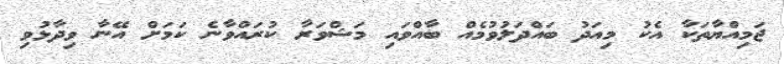
ޖަމިއްޔާތަކާ އެކު މިއަދު ބައްދަލުވުމެއް ބާއްވައި މަޝްވަރާ ކުރައްވާނެ ކަމަށް އޭނާ ވިދާޅުވި